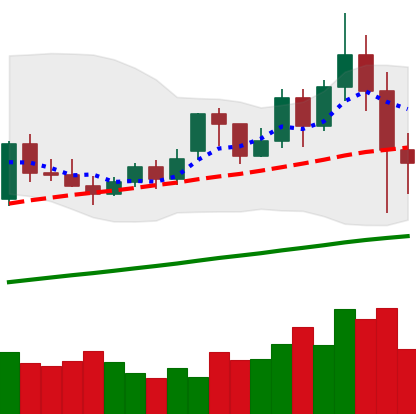
Ticker: XMR-USD
Chart end date: 2020-11-27
Forward return: 9.023%
Label: up_7plus